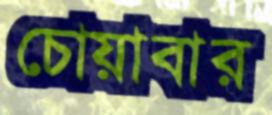
চোয়াবার